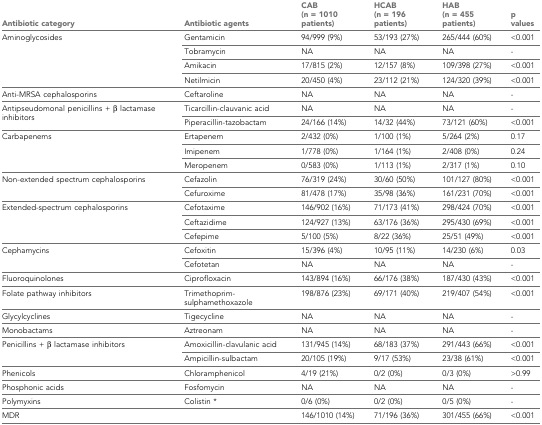
<table><thead><tr><td><b>Antibiotic category</b></td><td><b>Antibiotic agents</b></td><td><b>CAB (n = 1010 patients)</b></td><td><b>HCAB (n = 196 patients)</b></td><td><b>HAB (n = 455 patients)</b></td><td><b>p values</b></td></tr></thead><tbody><tr><td rowspan="4">Aminoglycosides</td><td>Gentamicin</td><td>94/999 (9%)</td><td>53/193 (27%)</td><td>265/444 (60%)</td><td>&lt;0.001</td></tr><tr><td>Tobramycin</td><td>NA</td><td>NA</td><td>NA</td><td>-</td></tr><tr><td>Amikacin</td><td>17/815 (2%)</td><td>12/157 (8%)</td><td>109/398 (27%)</td><td>&lt;0.001</td></tr><tr><td>Netilmicin</td><td>20/450 (4%)</td><td>23/112 (21%)</td><td>124/320 (39%)</td><td>&lt;0.001</td></tr><tr><td>Anti-MRSA cephalosporins</td><td>Ceftaroline</td><td>NA</td><td>NA</td><td>NA</td><td>-</td></tr><tr><td rowspan="2">Antipseudomonal penicillins + β lactamase inhibitors</td><td>Ticarcillin-clauvanic acid</td><td>NA</td><td>NA</td><td>NA</td><td>-</td></tr><tr><td>Piperacillin-tazobactam</td><td>24/166 (14%)</td><td>14/32 (44%)</td><td>73/121 (60%)</td><td>&lt;0.001</td></tr><tr><td rowspan="3">Carbapenems</td><td>Ertapenem</td><td>2/432 (0%)</td><td>1/100 (1%)</td><td>5/264 (2%)</td><td>0.17</td></tr><tr><td>Imipenem</td><td>1/778 (0%)</td><td>1/164 (1%)</td><td>2/408 (0%)</td><td>0.24</td></tr><tr><td>Meropenem</td><td>0/583 (0%)</td><td>1/113 (1%)</td><td>2/317 (1%)</td><td>0.10</td></tr><tr><td rowspan="2">Non-extended spectrum cephalosporins</td><td>Cefazolin</td><td>76/319 (24%)</td><td>30/60 (50%)</td><td>101/127 (80%)</td><td>&lt;0.001</td></tr><tr><td>Cefuroxime</td><td>81/478 (17%)</td><td>35/98 (36%)</td><td>161/231 (70%)</td><td>&lt;0.001</td></tr><tr><td rowspan="3">Extended-spectrum cephalosporins</td><td>Cefotaxime</td><td>146/902 (16%)</td><td>71/173 (41%)</td><td>298/424 (70%)</td><td>&lt;0.001</td></tr><tr><td>Ceftazidime</td><td>124/927 (13%)</td><td>63/176 (36%)</td><td>295/430 (69%)</td><td>&lt;0.001</td></tr><tr><td>Cefepime</td><td>5/100 (5%)</td><td>8/22 (36%)</td><td>25/51 (49%)</td><td>&lt;0.001</td></tr><tr><td rowspan="2">Cephamycins</td><td>Cefoxitin</td><td>15/396 (4%)</td><td>10/95 (11%)</td><td>14/230 (6%)</td><td>0.03</td></tr><tr><td>Cefotetan</td><td>NA</td><td>NA</td><td>NA</td><td>-</td></tr><tr><td>Fluoroquinolones</td><td>Ciprofloxacin</td><td>143/894 (16%)</td><td>66/176 (38%)</td><td>187/430 (43%)</td><td>&lt;0.001</td></tr><tr><td>Folate pathway inhibitors</td><td>Trimethoprim-sulphamethoxazole</td><td>198/876 (23%)</td><td>69/171 (40%)</td><td>219/407 (54%)</td><td>&lt;0.001</td></tr><tr><td>Glycylcyclines</td><td>Tigecycline</td><td>NA</td><td>NA</td><td>NA</td><td>-</td></tr><tr><td>Monobactams</td><td>Aztreonam</td><td>NA</td><td>NA</td><td>NA</td><td>-</td></tr><tr><td rowspan="2">Penicillins + β lactamase inhibitors</td><td>Amoxicillin-clavulanic acid</td><td>131/945 (14%)</td><td>68/183 (37%)</td><td>291/443 (66%)</td><td>&lt;0.001</td></tr><tr><td>Ampicillin-sulbactam</td><td>20/105 (19%)</td><td>9/17 (53%)</td><td>23/38 (61%)</td><td>&lt;0.001</td></tr><tr><td>Phenicols</td><td>Chloramphenicol</td><td>4/19 (21%)</td><td>0/2 (0%)</td><td>0/3 (0%)</td><td>&gt;0.99</td></tr><tr><td>Phosphonic acids</td><td>Fosfomycin</td><td>NA</td><td>NA</td><td>NA</td><td>-</td></tr><tr><td>Polymyxins</td><td>Colistin *</td><td>0/6 (0%)</td><td>0/2 (0%)</td><td>0/5 (0%)</td><td>-</td></tr><tr><td>MDR</td><td></td><td>146/1010 (14%)</td><td>71/196 (36%)</td><td>301/455 (66%)</td><td>&lt;0.001</td></tr></tbody></table>